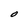
Character: O